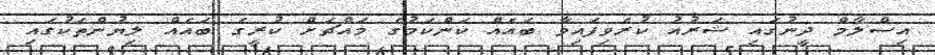
އިސްލާމް ދީނުގައި ޝަރުއު ކުރެވިފައިވާ ބައެއް ކަންކަމުގެ މައްޗަށް ކުރީގެ ބައެއް ލިޔުންތަކުގައި